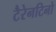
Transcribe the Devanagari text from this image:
टैरेनटिनो